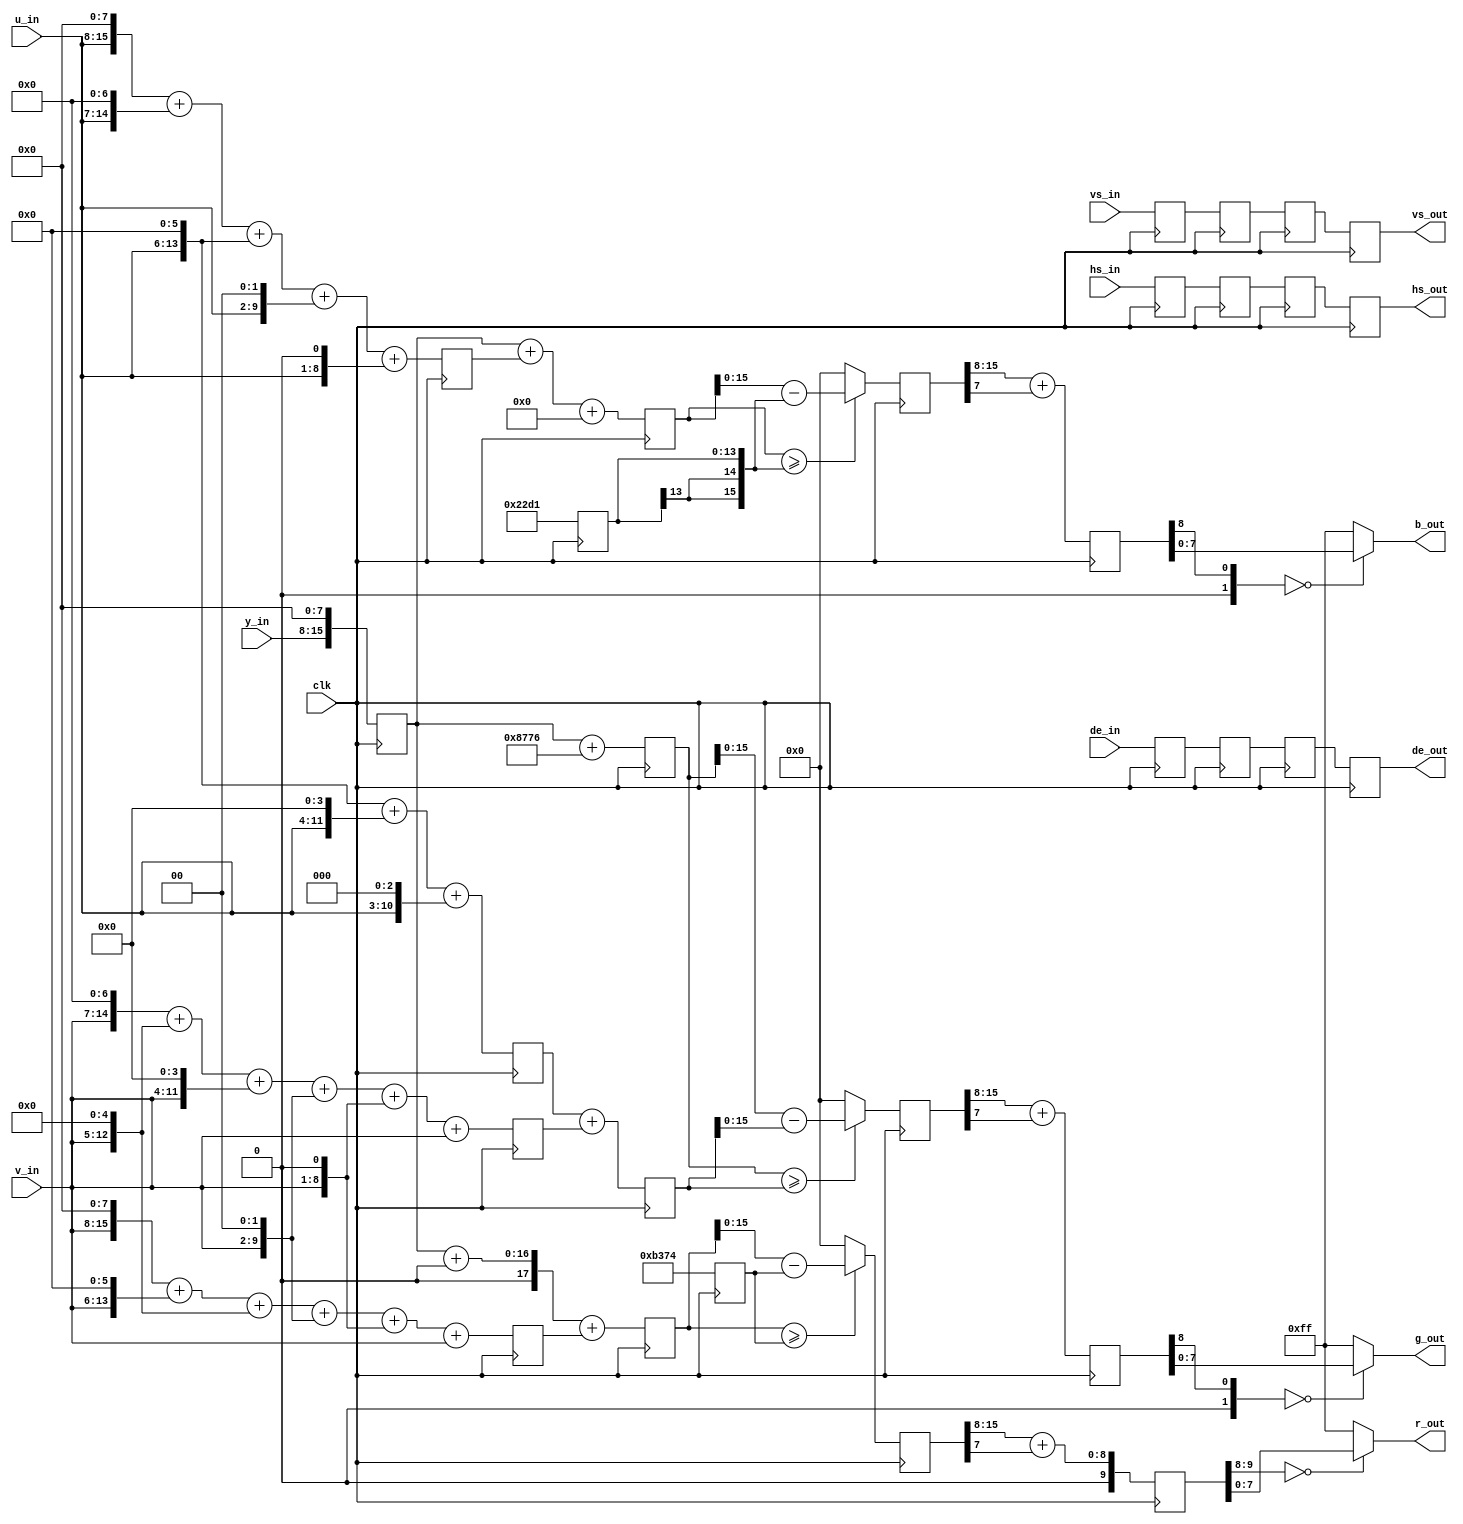
// This program was cloned from: https://github.com/flytt-away/FPGA-Video-Capture
// License: MIT License

module yuv2rgb(
    input clk,
    input [7:0] y_in,
    input [7:0] u_in,
    input [7:0] v_in,
    input vs_in,
    input hs_in,
    input de_in,
    output [7:0] r_out,
    output [7:0] g_out,
    output [7:0] b_out,
    output vs_out,
    output hs_out,
    output de_out
);

reg[17: 0]	mult_y_for_r_18b=0;
reg[17: 0]	mult_y_for_g_18b=0;
reg[17: 0]	mult_y_for_b_18b=0;
reg[17: 0]	mult_u_for_r_18b=0;
reg[17: 0]	mult_u_for_g_18b=0;
reg[17: 0]	mult_u_for_b_18b=0;
reg[17: 0]	mult_v_for_r_18b=0;
reg[17: 0]	mult_v_for_g_18b=0;
reg[17: 0]	mult_v_for_b_18b=0;


reg[17: 0]	add_r_0_18b=0;
reg[17: 0]	add_g_0_18b=0;
reg[17: 0]	add_b_0_18b=0;
reg[17: 0]	add_r_1_18b=0;
reg[17: 0]	add_g_1_18b=0;
reg[17: 0]	add_b_1_18b=0;


reg[17: 0] result_r_18b=0;
reg[17: 0] result_g_18b=0;
reg[17: 0] result_b_18b=0;
     
reg[9:0] r_tmp=0;
reg[9:0] g_tmp=0;
reg[9:0] b_tmp=0;

reg vs_r;
reg hs_r;
reg de_r;
reg vs_r2;
reg hs_r2;
reg de_r2;
reg vs_r3;
reg hs_r3;
reg de_r3;
reg vs_r4;
reg hs_r4;
reg de_r4;
/*-------------------------------*/
always @(posedge clk)begin
    mult_y_for_r_18b <= ((y_in<<8));
    mult_y_for_g_18b <= ((y_in<<8));
    mult_y_for_b_18b <= ((y_in<<8));
end

always @(posedge clk)begin
    mult_u_for_r_18b <= 18'b0;
    mult_u_for_g_18b <= ((u_in<<6)+(u_in<<4)+(u_in<<3));
    mult_u_for_b_18b <= ((u_in<<8)+(u_in<<7)+(u_in<<6)+(u_in<<2)+(u_in<<1));
end
	
always @(posedge clk)begin
    mult_v_for_r_18b <= ((v_in<<8)+(v_in<<6)+(v_in<<5)+(v_in<<2)+(v_in<<1)+(v_in));
    mult_v_for_g_18b <= ((v_in<<7)+(v_in<<5)+(v_in<<4)+(v_in<<2)+(v_in<<1)+(v_in));
    mult_v_for_b_18b <= 0;
end

always @(posedge clk)begin
    vs_r <= vs_in;
    hs_r <= hs_in;
    de_r <= de_in;
    vs_r2 <= vs_r;
    hs_r2 <= hs_r;
    de_r2 <= de_r;
    vs_r3 <= vs_r2;
    hs_r3 <= hs_r2;
    de_r3 <= de_r2;
    vs_r4 <= vs_r3;
    hs_r4 <= hs_r3;
    de_r4 <= de_r3;
end
/*------------------------------*/
always @(posedge clk)begin
    add_r_0_18b <= mult_y_for_r_18b + mult_u_for_r_18b + mult_v_for_r_18b;//+
    add_r_1_18b <= 45940;//-
end
always @(posedge clk)begin
    add_g_0_18b <= mult_y_for_g_18b + 34678;//+
    add_g_1_18b <= mult_u_for_g_18b + mult_v_for_g_18b;//-
end
always @(posedge clk)begin
    add_b_0_18b <= mult_y_for_b_18b + mult_u_for_b_18b + mult_v_for_b_18b;//+
    add_b_1_18b <= 58065;//-
end
/*------------------------------*/
assign	sign_r = (add_r_0_18b >= add_r_1_18b);
assign	sign_g = (add_g_0_18b >= add_g_1_18b);
assign	sign_b = (add_b_0_18b >= add_b_1_18b);

always @(posedge clk)begin
    result_r_18b <= sign_r ? (add_r_0_18b - add_r_1_18b) : 18'd0;
    result_g_18b <= sign_g ? (add_g_0_18b - add_g_1_18b) : 18'd0;
    result_b_18b <= sign_b ? (add_b_0_18b - add_b_1_18b) : 18'd0;
end
/*------------------------------*/
always @(posedge clk)
begin
    r_tmp <= result_r_18b[15:8] + {9'd0,result_r_18b[7]};
    g_tmp <= result_g_18b[15:8] + {9'd0,result_g_18b[7]};
    b_tmp <= result_b_18b[15:8] + {9'd0,result_b_18b[7]};
end
/*--------*/
assign	r_out 	= (r_tmp[9:8] == 2'b00) ? r_tmp[7 : 0] : 8'hFF;
assign	g_out 	= (g_tmp[9:8] == 2'b00) ? g_tmp[7 : 0] : 8'hFF;
assign	b_out 	= (b_tmp[9:8] == 2'b00) ? b_tmp[7 : 0] : 8'hFF;
assign  vs_out  =  vs_r4;
assign  hs_out  =  hs_r4;
assign  de_out  =  de_r4;

endmodule